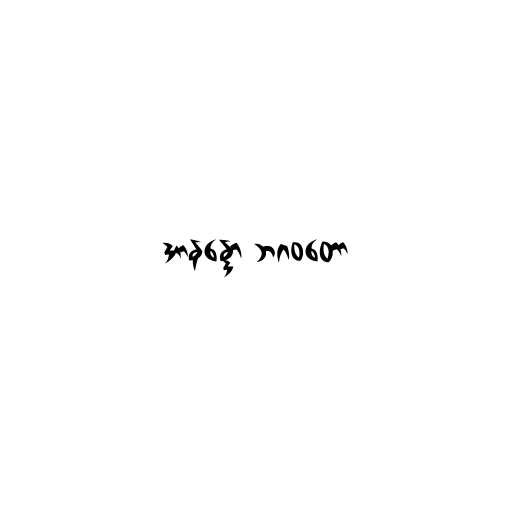
အာနန္ဒော ဘဂဝတော